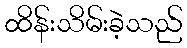
ထိန်းသိမ်းခဲ့သည်